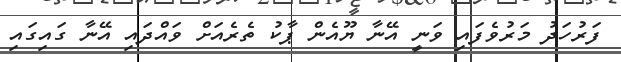
ފަރުހަދު މަރުވެފައި ވަނީ އޭނާ ޔޫއެން ޕާކު ތެރެއަށް ވައްދައި އޭނާ ގައިގައި